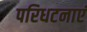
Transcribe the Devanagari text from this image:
परिधटनाएं